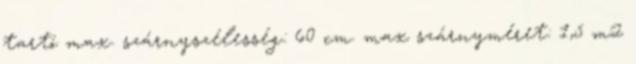
tartó max. szárnyszélesség: 60 cm. max szárnyméret: 1,5 m2